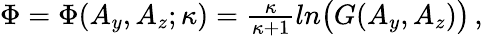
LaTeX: \begin{array}{r}{\Phi=\Phi(A_{y},A_{z};\kappa)=\frac{\kappa}{\kappa+1}ln\big(G(A_{y},A_{z})\big)\, ,}\end{array}